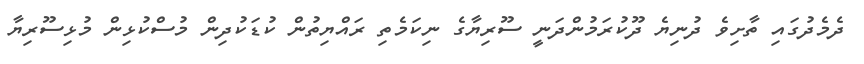
ދެމެދުގައި ތާށިވެ ދުނިޔެ ދޫކުރަމުންދަނީ ސޫރިޔާގެ ނިކަމެތި ރައްޔިތުން ކުޑަކުދިން މުސްކުޅިން މުޅިސޫރިޔާ